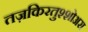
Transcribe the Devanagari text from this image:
तज़किरतुश्शोअरा